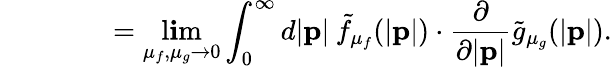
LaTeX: \: \: \: \: \: \: \: \: \: \: \: \: \: \: \: \: \: \: =\operatorname*{l\mathbf{i}m}_{\mu_{f},\mu_{g}\to0}\int_{0}^{\infty}d|{\mathbf{p}}|\: {\tilde{{f}}}_{{\mu}_{f}}(|{\mathbf{p}}|)\cdot\frac{{\partial}}{{\partial|{\mathbf{p}}|}}{\tilde{{g}}}_{{\mu}_{g}}(|{\mathbf{p}}|).